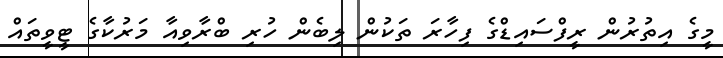
މީގެ އިތުރުން ރީފްސައިޑްގެ ފިހާރަ ތަކުން ލިބެން ހުރި ބްރާވިއާ މަރުކާގެ ޓީވީތައް